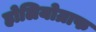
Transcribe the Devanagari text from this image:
होलियोग्राफ